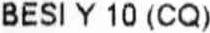
BESI Y 10 (CQ)